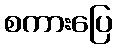
စကားပြေ